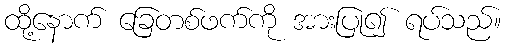
ထို့နောက် ခြေတစ်ဖက်ကို အားပြု၍ ရပ်သည်။